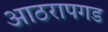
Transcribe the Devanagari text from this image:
आठरापगड